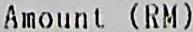
AMOUNT (RM)